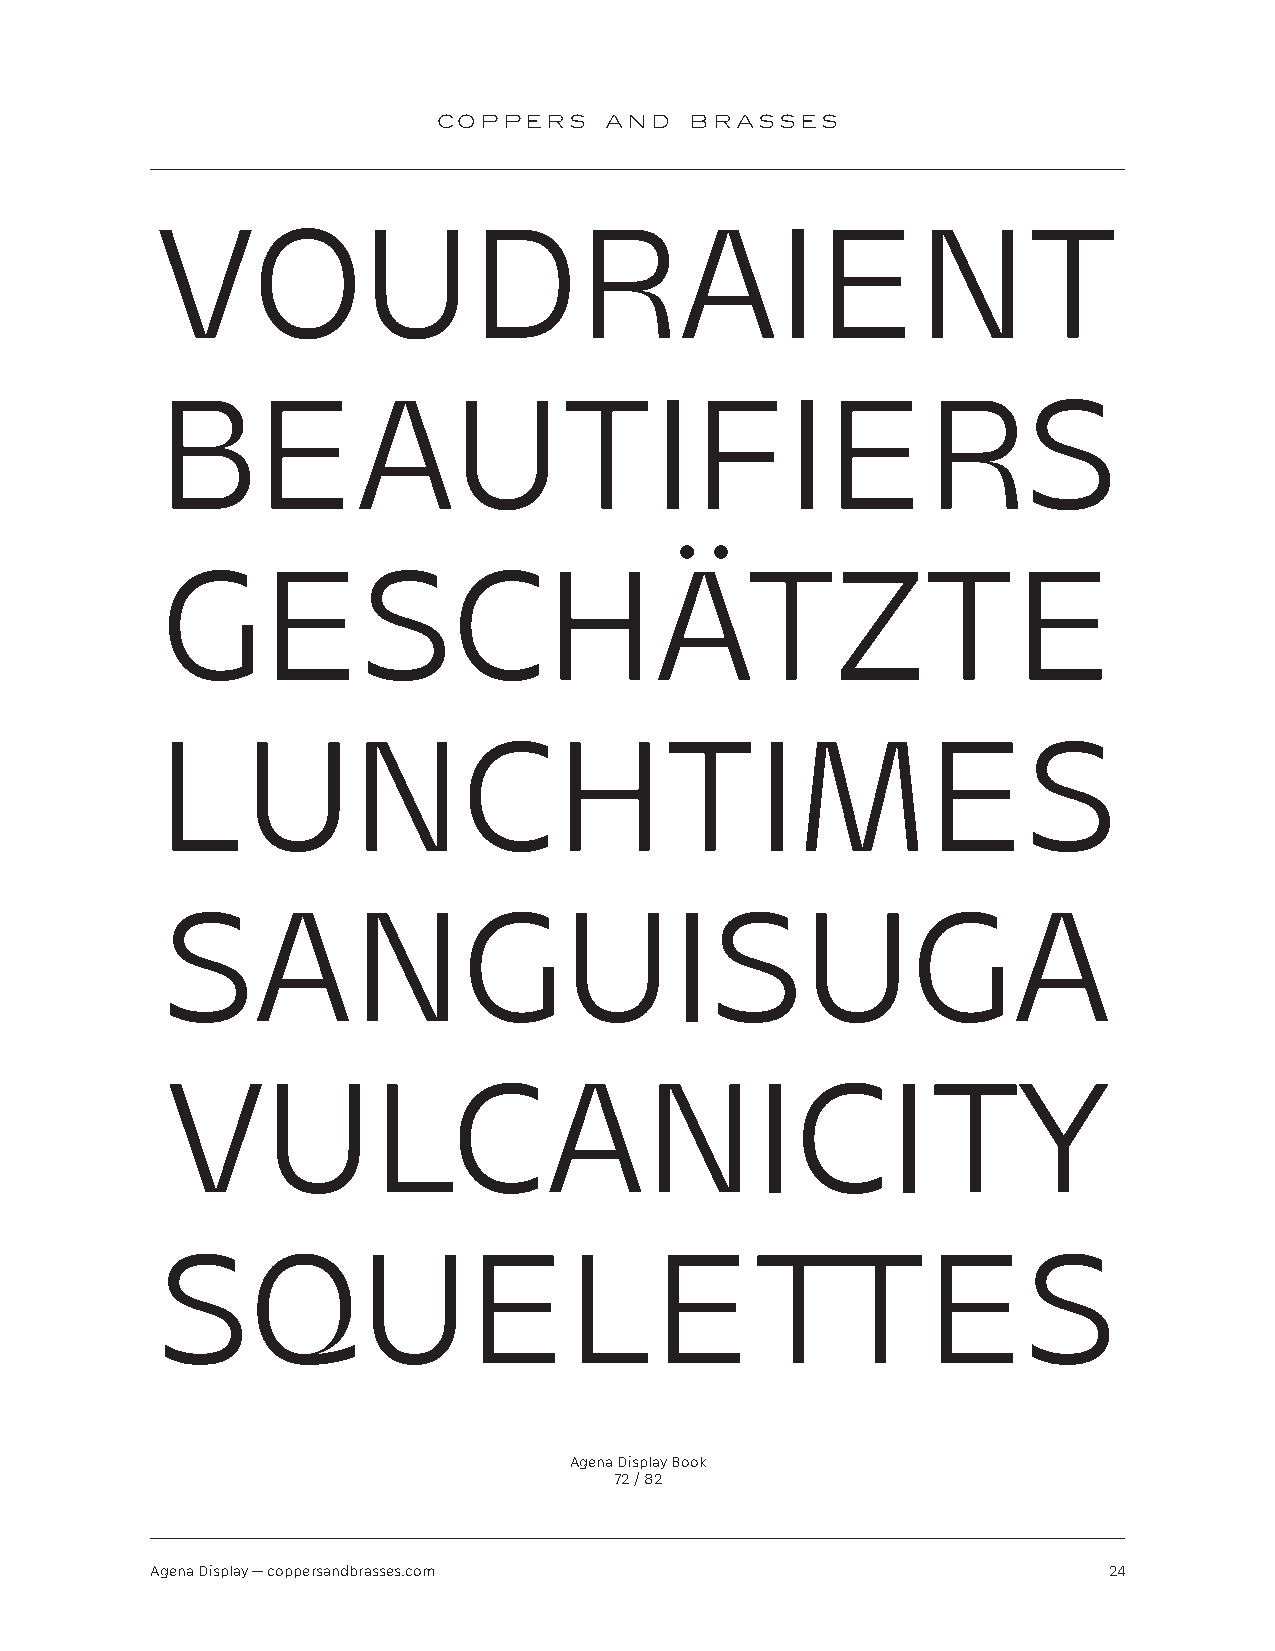
COPPERS    AND   BRASSES
 VOUDRAIENT
 BEAUTIFIERS
 GESCHÄTZTE
 LUNCHTIMES
 SANGUISUGA
 VULCANICITY
 SQUELETTES
 Agena Display Book
 72 / 82
 Agena Display — coppersandbrasses.com                          24